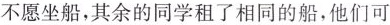
不愿坐船，其余的同学租了相同的船，他们可